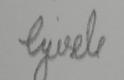
Signature authenticity: forged